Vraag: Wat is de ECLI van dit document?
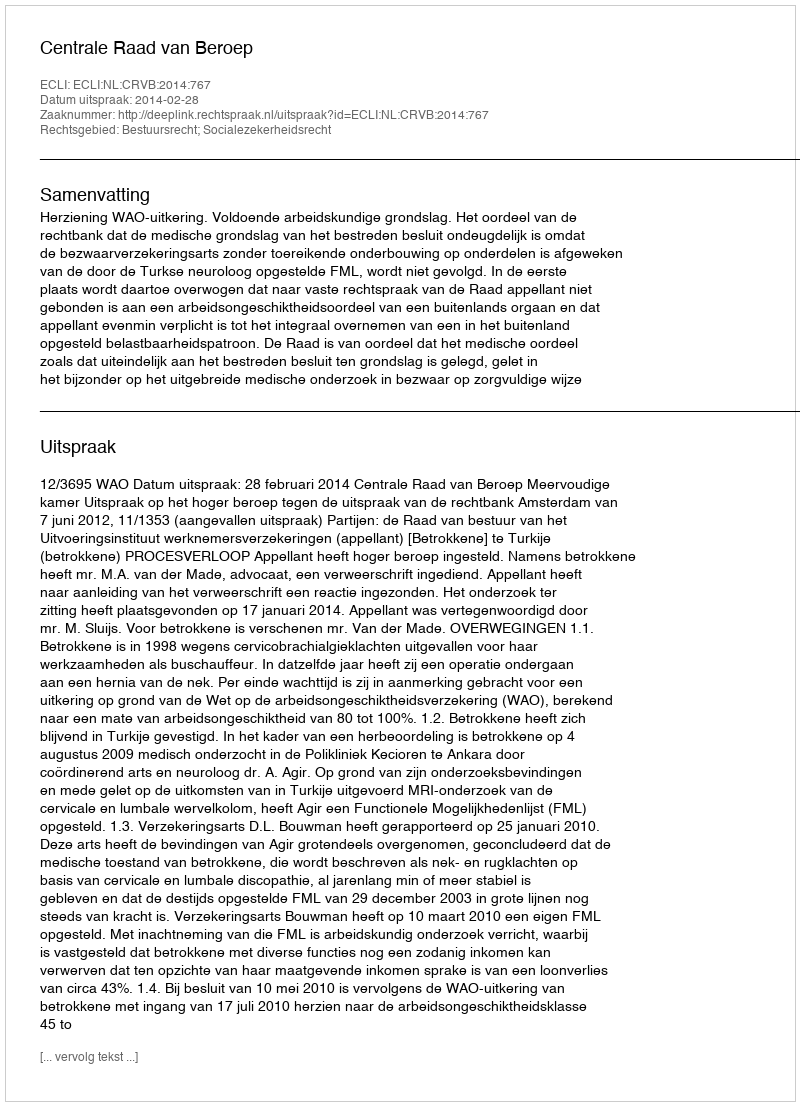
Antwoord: ECLI:NL:CRVB:2014:767